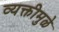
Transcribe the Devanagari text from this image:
व्यक्तीमुळे